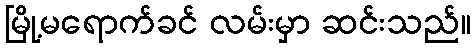
မြို့မရောက်ခင် လမ်းမှာ ဆင်းသည်။